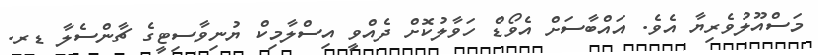
މަސްއޫލުވެރިޔާ އެވެ. އައްބާސަށް އެވޯޑް ހަވާލުކޮށް ދެއްވީ އިސްލާމިކް ޔުނިވާސިޓީގެ ޗާންސެލާ ޑރ.